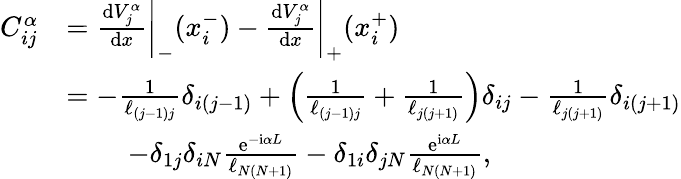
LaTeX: \begin{array}{rl}{C_{ij}^{\alpha}}&{=\frac{\mathrm{d}V_{j}^{\alpha}}{\mathrm{d}x}\bigg\vert_{-}(x_{i}^{-})-\frac{\mathrm{d}V_{j}^{\alpha}}{\mathrm{d}x}\bigg\vert_{+}(x_{i}^{+})}\\ &{=-\frac{1}{\ell_{(j-1)j}}\delta_{i(j-1)}+\left(\frac{1}{\ell_{(j-1)j}}+\frac{1}{\ell_{j(j+1)}}\right)\delta_{ij}-\frac{1}{\ell_{j(j+1)}}\delta_{i(j+1)}}\\ &{\, \quad\quad-\delta_{1j}\delta_{iN}\frac{\mathrm{e}^{-\mathrm{i}\alpha L}}{\ell_{N(N+1)}}-\delta_{1i}\delta_{jN}\frac{\mathrm{e}^{\mathrm{i}\alpha L}}{\ell_{N(N+1)}},}\end{array}